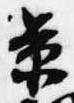
景